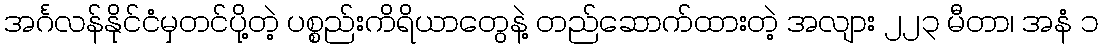
အင်္ဂလန်နိုင်ငံမှတင်ပို့တဲ့ ပစ္စည်းကိရိယာတွေနဲ့ တည်ဆောက်ထားတဲ့ အလျား ၂၂၃ မီတာ၊ အနံ ၁